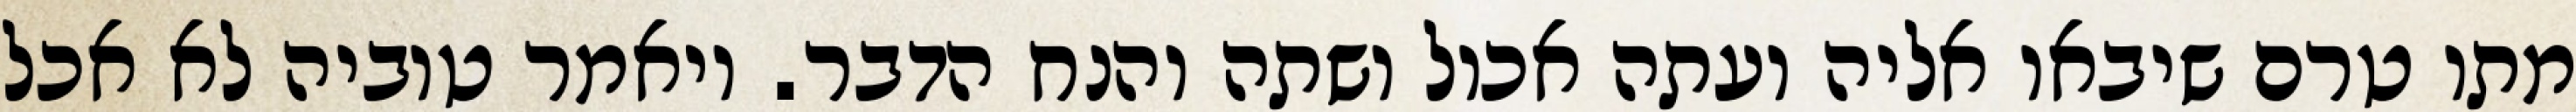
מתו טרם שיבאו אליה ועתה אכול ושתה והנח הדבר. ויאמר טוביה לא אכל